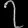
Digit: ၇